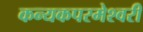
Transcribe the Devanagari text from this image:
कन्‍यकपरमेश्‍वरी